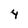
Character: 4